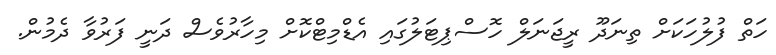
ހަތް ފުލުހަކަށް ތިނަދޫ ރީޖަނަލް ހޮސްޕިޓަލުގައި އެޑްމިޓްކޮށް މިހާރުވެސް ދަނީ ފަރުވާ ދެމުން.